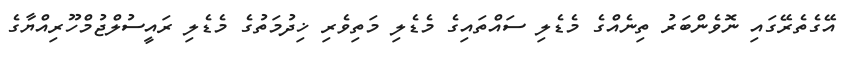
އޭގެތެރޭގައި ނޮވެންބަރު ތިނެއްގެ މެޑެލި ސައްތައިގެ މެޑެލި މަތިވެރި ޚިދުމަތުގެ މެޑެލި ރައީސުލްޖުމްހޫރިއްޔާގެ